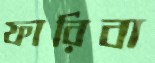
ফারিবা